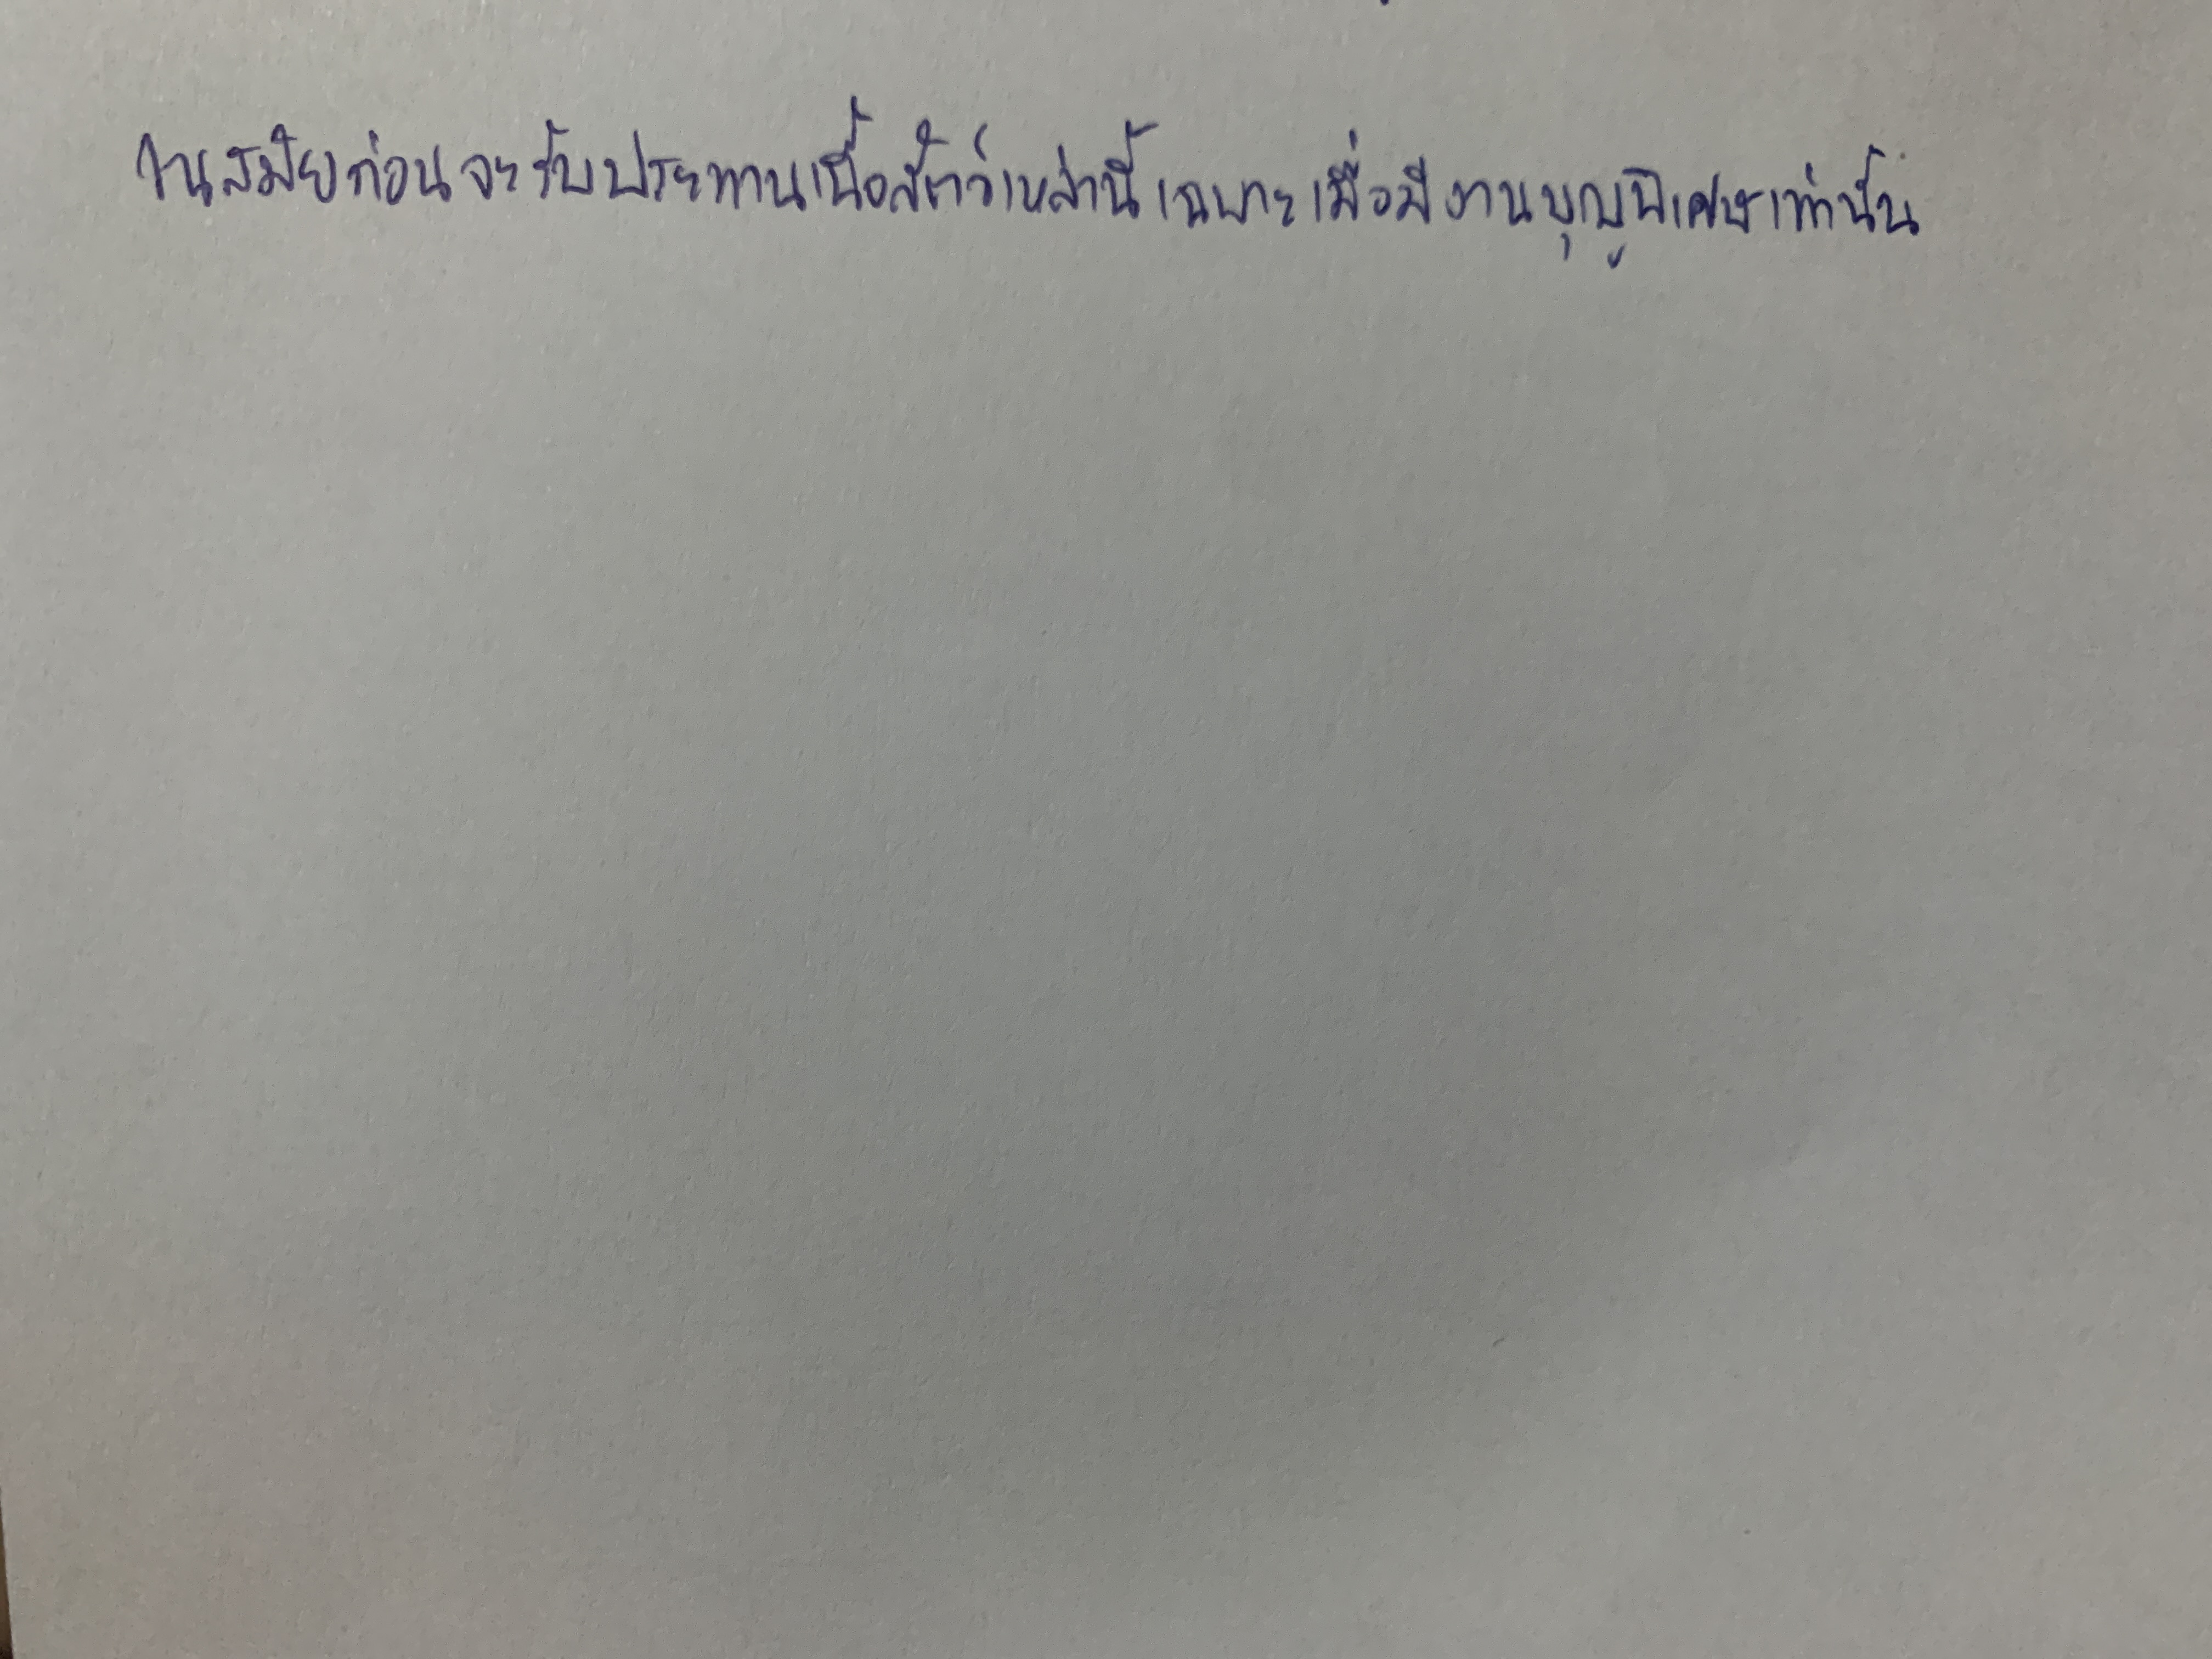
ในสมัยก่อนจะรับประทานเนื้อสัตว์เหล่านี้เฉพาะเมื่อมีงานบุญพิเศษเท่านั้น